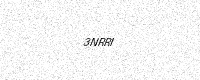
Text: 3NRRI